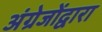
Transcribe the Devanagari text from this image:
अंग्रेजोंद्वारा